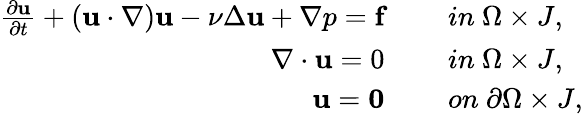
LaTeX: \begin{array}{rl}{\frac{\partial\textbf{u}}{\partial t}+(\textbf{u}\cdot\nabla)\textbf{u}-\nu\Delta\textbf{u}+\nabla p=\textbf{f}\quad}&{\ in\ \Omega\times J,}\\ {\nabla\cdot\textbf{u}=0\quad}&{\ in\ \Omega\times J,}\\ {\textbf{u}=\textbf{0}\quad}&{\ on\ \partial\Omega\times J,}\end{array}